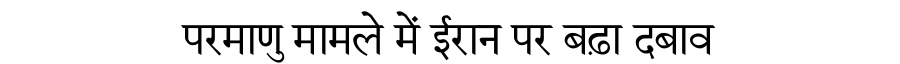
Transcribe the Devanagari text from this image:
परमाणु मामले में ईरान पर बढ़ा दबाव